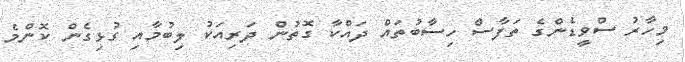
މިހާރު ސްވީޑެންގެ ތަފާސް ހިސާބުތައް ދައްކާ ގޮތުން ދަރިއަކު ލިބުމާއި ގުޅިގެން ކޮންމެ